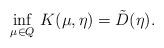
LaTeX: \begin{align*}\inf_{\mu\in Q}\,K(\mu,\eta)=\tilde{D}(\eta).\end{align*}